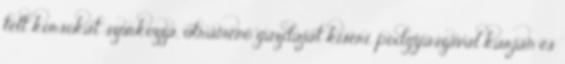
telt korsókat szurkozza, útramenő gazdáját kiséri, podgyászával karján és